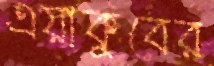
এয়াকুবের